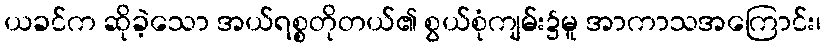
ယခင်က ဆိုခဲ့သော အယ်ရစ္စတိုတယ်၏ စွယ်စုံကျမ်း၌မူ အာကာသအကြောင်း၊